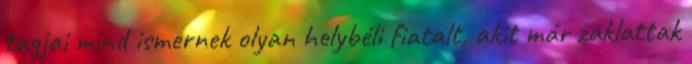
tagjai mind ismernek olyan helybéli fiatalt, akit már zaklattak